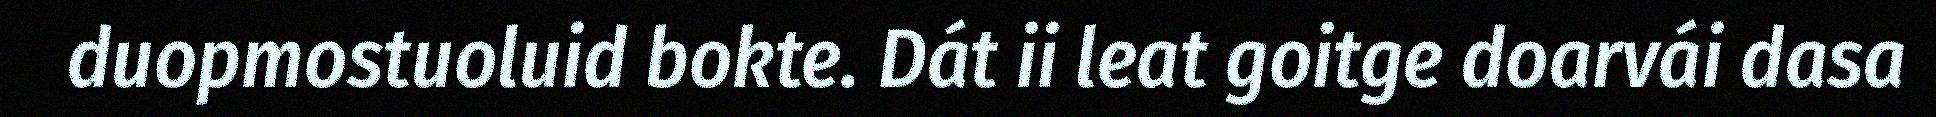
duopmostuoluid bokte. Dát ii leat goitge doarvái dasa